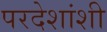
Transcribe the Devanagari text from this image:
परदेशांशी